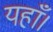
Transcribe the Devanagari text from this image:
यहाँ।